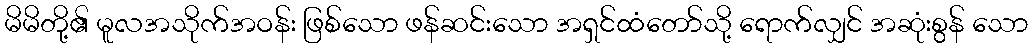
မိမိတို့၏ မူလအသိုက်အဝန်း ဖြစ်သော ဖန်ဆင်းသော အရှင်ထံတော်သို့ ရောက်လျှင် အဆုံးစွန် သော